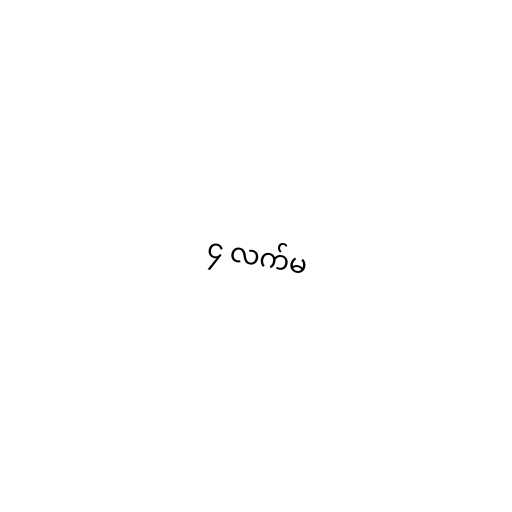
၄ လက်မ